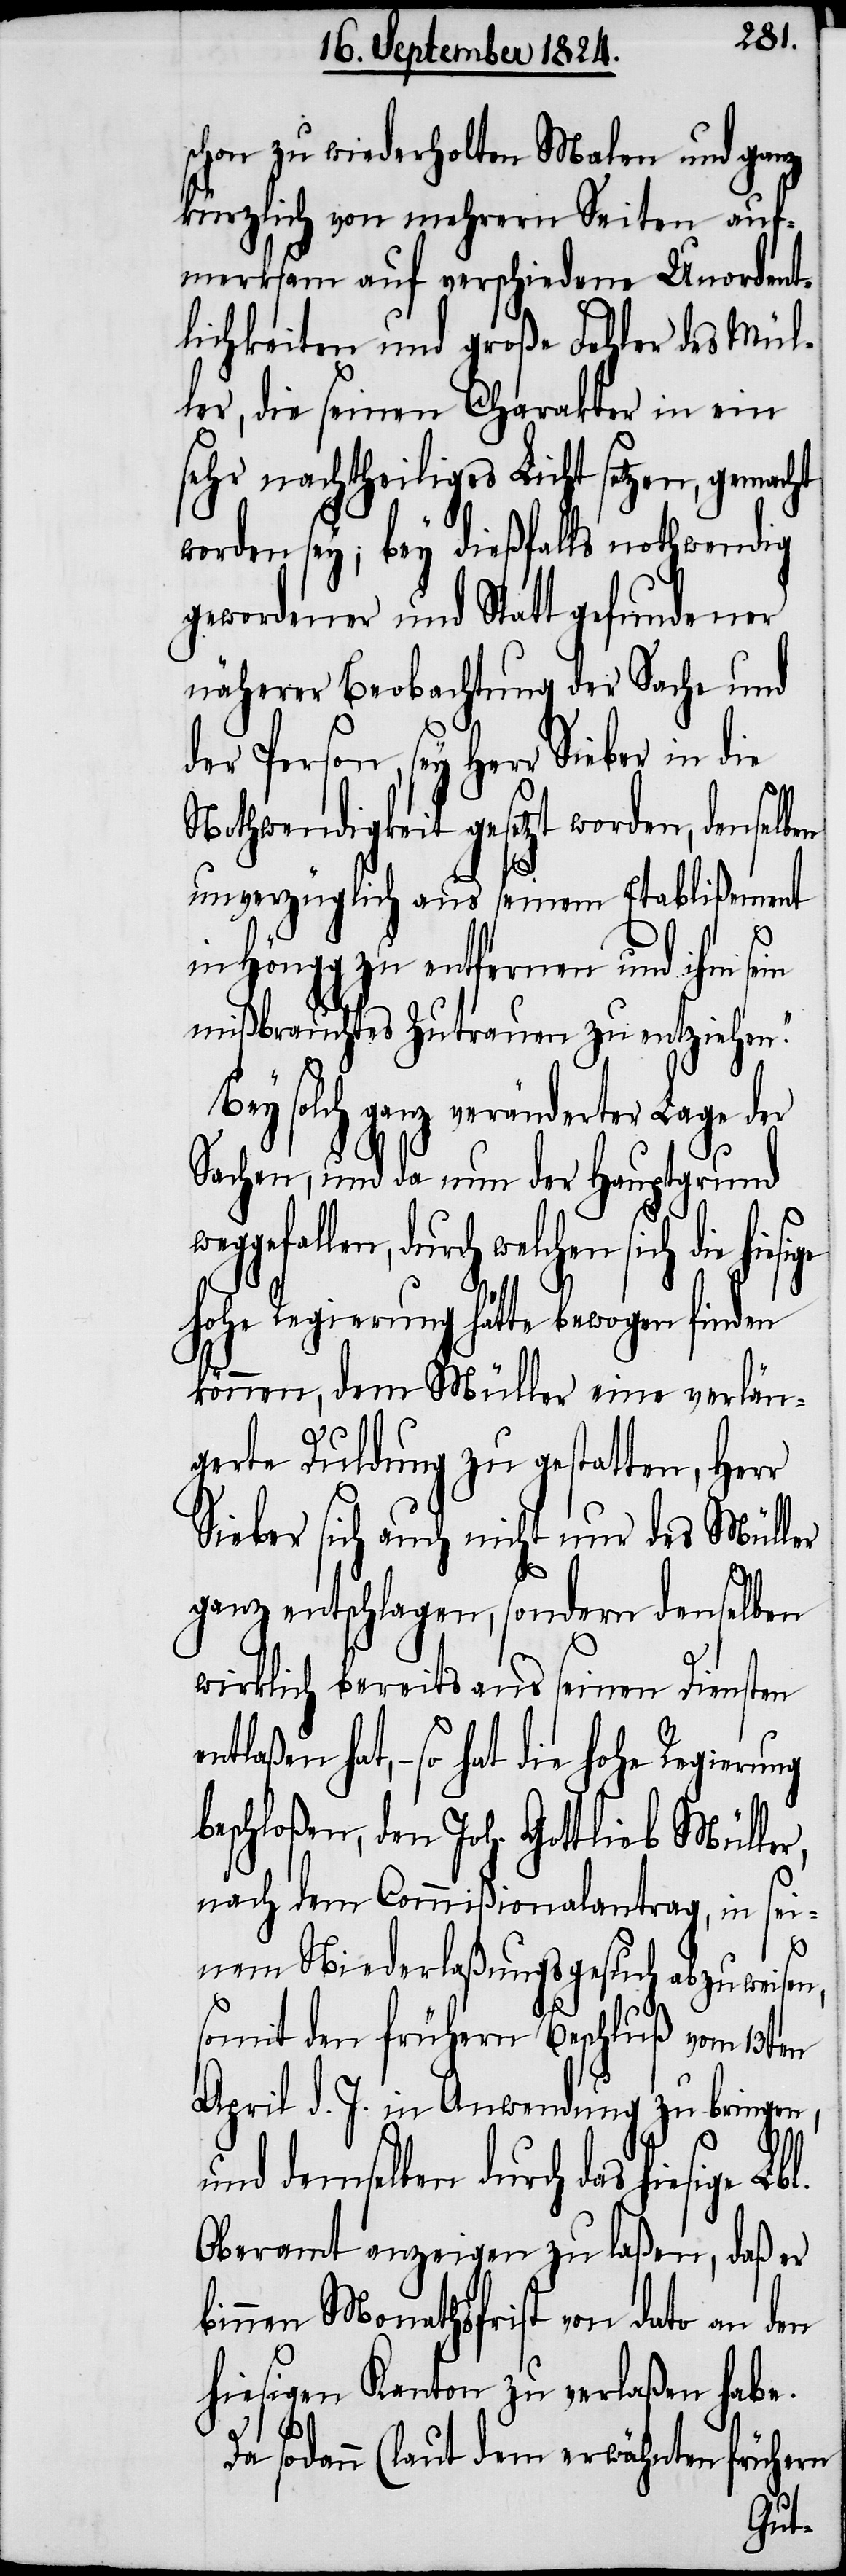
schon zu wiederholten Malen und ganz
kürzlich von mehrern Seiten auf¬
merksam auf verschiedene Unordent¬
lichkeiten und große Fehler des Mül¬
ler, die seinen Charakter in ein
sehr nachtheiliges Licht setzen, gemacht
worden sey; bey dießfalls nothwendig
gewordener und Statt gefundener
näherer Beobachtung der Sache und
der Person, sey Herr Sieber in die
Nothwendigkeit gesetzt worden, denselben
unverzüglich aus seinem Etablißement
in Höngg zu entfernen und ihm sein
mißbrauchtes Zutrauen zu entziehen.“
Bey solch ganz veränderter
Sachen, und da nun der Hauptgrund
ggefallen, durch welchen sich
hohe Regierung hätte bewogen finden
können, dem Müller eine verlän¬
gerte Duldung zu gestatten, Herr
Sieber sich auch nicht nur des Müller
ganz entschlagen, sondern denselben
wirklich bereits aus seinen Diensten
hat, – so hat die hohe Regierung
beschloßen, den Joh. Gottlieb Müller,
nach dem Commißionalantrag, in sei¬
we¬
nem Niederlaßungsgesuch abzuweisen,
somit den frühern Beschluß vom 13ten
April d. J. in Anwendung zu bringen,
und demselben durch das hiesige
Oberamt anzeigen zu laßen, daß er
binnen Monathsfrist von dato an den
hiesigen Kanton zu verlaßen habe.
Da sodann (laut dem erwähnten frühern